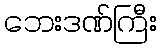
ဘေးဒဏ်ကြီး